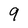
Character: 9